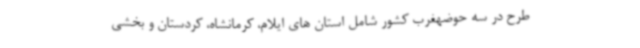
طرح در سه حوضهغرب کشور شامل استان های ایلام، کرمانشاه، کردستان و بخشی